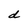
Character: d